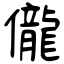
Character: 儱